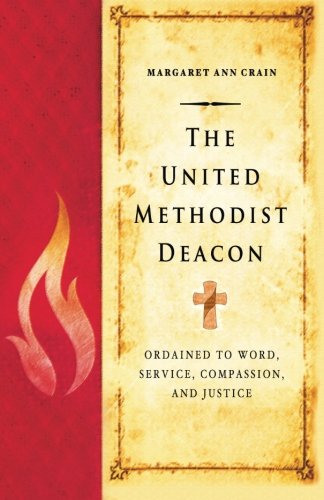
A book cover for The United Methodist Deacon: Ordained to Word, Service, Compassion, and Justice; Margaret Ann Crain; Christian Books & Bibles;